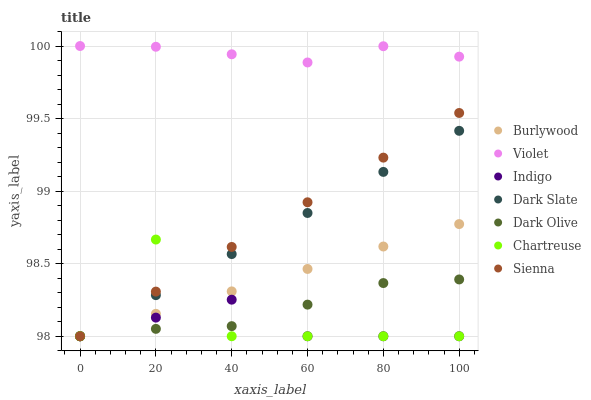
| xaxis_label | Burlywood | Violet | Indigo | Dark Slate | Dark Olive | Chartreuse | Sienna |
 | --- | --- | --- | --- | --- | --- | --- | --- |
 | 0 | 98 | 100 | 98 | 98 | 98 | 98 | 98 |
 | 20 | 98.2 | 100 | 98.1 | 98.3 | 98.1 | 98.7 | 98.3 |
 | 40 | 98.3 | 99.9 | 98.3 | 98.6 | 98.1 | 98 | 98.6 |
 | 60 | 98.5 | 99.9 | 98 | 98.8 | 98.2 | 98 | 98.9 |
 | 80 | 98.6 | 100 | 98 | 99.1 | 98.4 | 98 | 99.2 |
 | 100 | 98.8 | 99.9 | 98 | 99.4 | 98.4 | 98 | 99.5 |